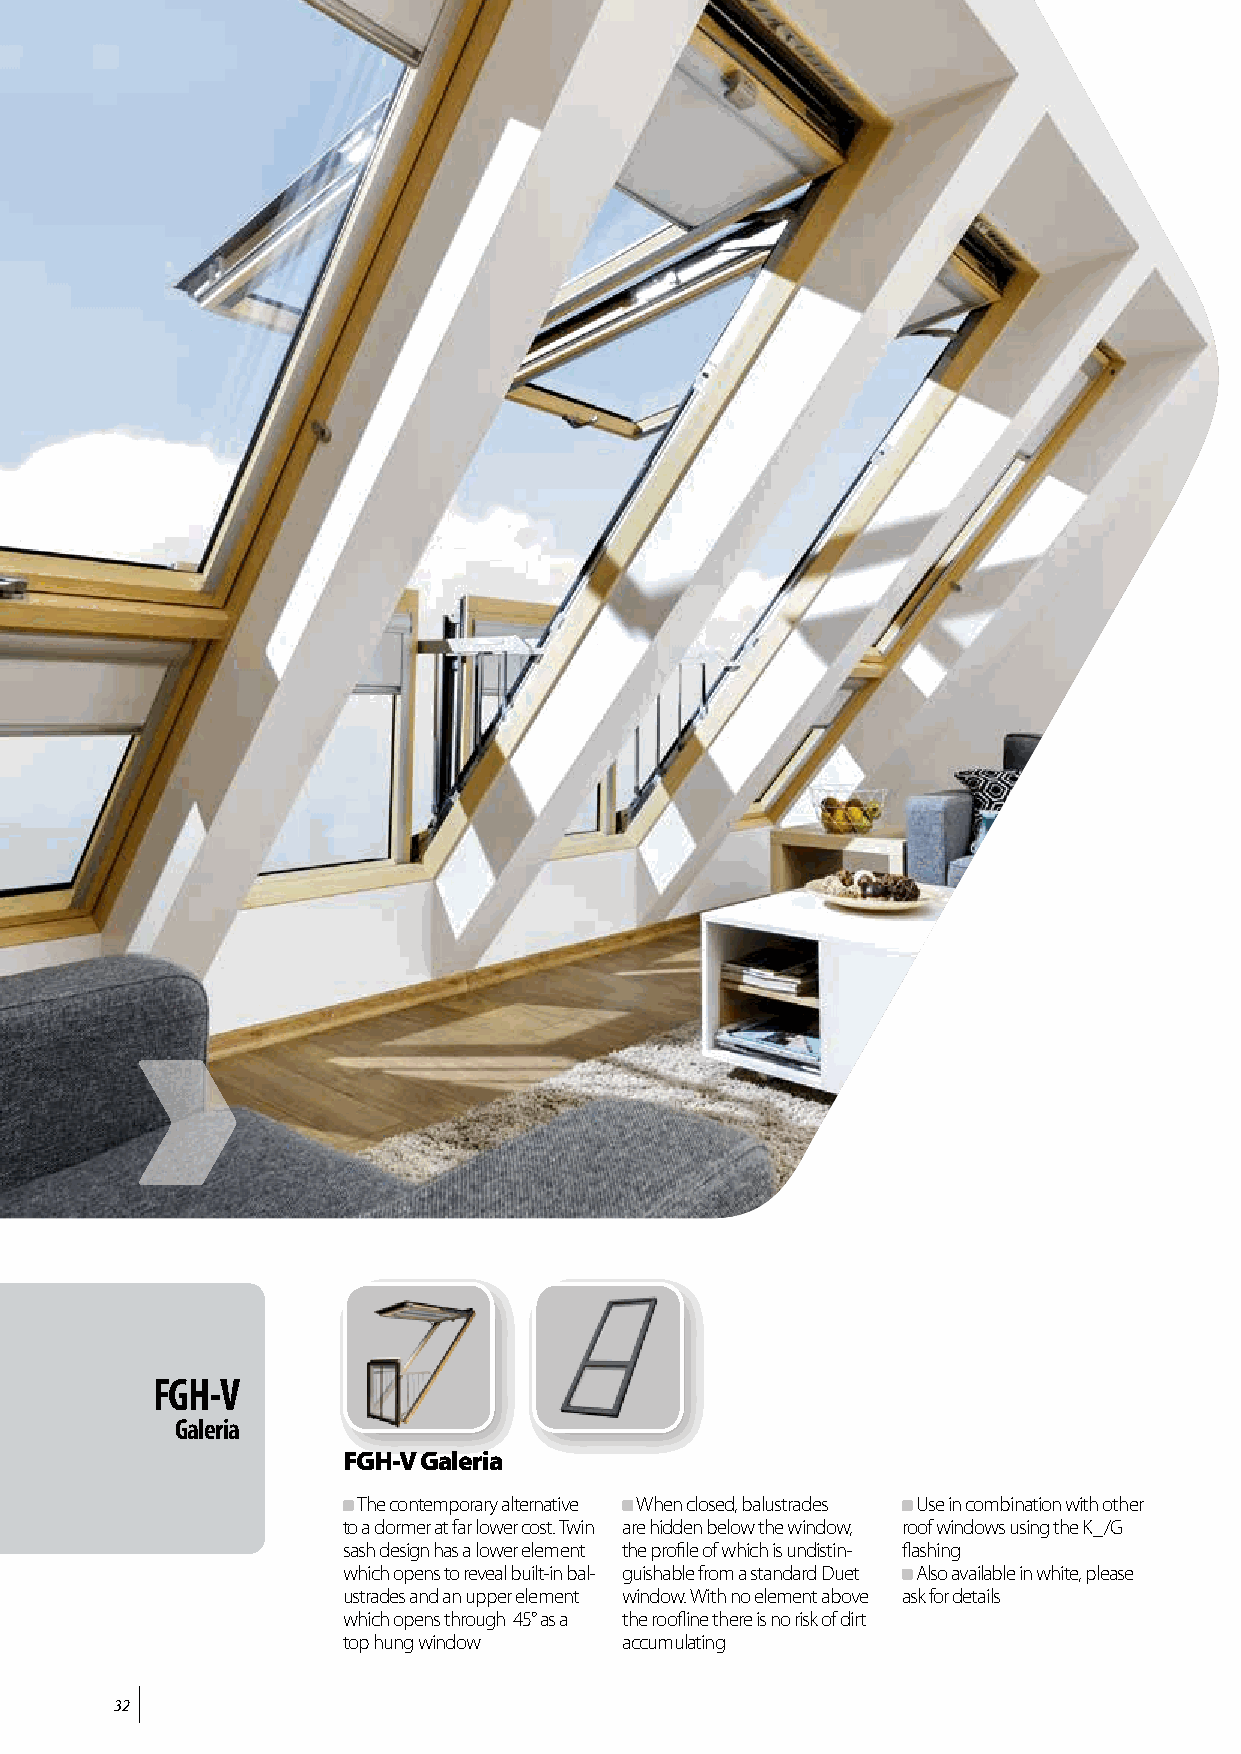
FGH-V
 Galeria
 FGH-V Galeria
 The contemporary alternative When closed, balustrades Use in combination with other
 to a dormer at far lower cost. Twin are hidden below the window, roof windows using the K_/G
 sash design has a lower element the profile of which is undistin- flashing
 which opens to reveal built-in bal- guishable from a standard Duet Also available in white, please
 ustrades and an upper element window. With no element above ask for details
 which opens through 45° as a the roofline there is no risk of dirt
 top hung window   accumulating
 32
 8